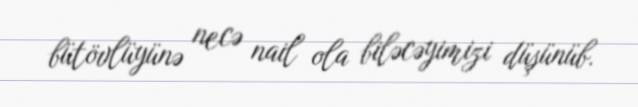
bütövlüyünə necə nail ola biləcəyimizi düşünüb.